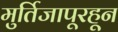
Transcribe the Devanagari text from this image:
मुर्तिजापूरहून